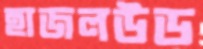
হাজলউড